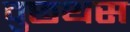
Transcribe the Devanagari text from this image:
वुछथस